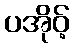
ပအိုဝ့်